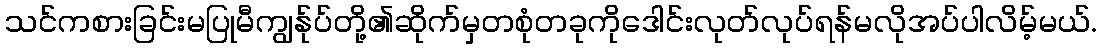
သင်ကစားခြင်းမပြုမီကျွန်ုပ်တို့၏ဆိုက်မှတစုံတခုကိုဒေါင်းလုတ်လုပ်ရန်မလိုအပ်ပါလိမ့်မယ်.